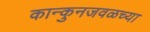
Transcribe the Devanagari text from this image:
कान्कुनजवळच्या